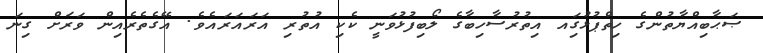
ޞަޙާބިއްޔާތުންގެ ހިތްޕުޅުގަިއ އިތުރުސާހިބާގެ ލޯބިފުޅުވަނީ ކެކި އުތުރި އަރައަރައެވެ. އޭގެތެރެއިން ވަރަށް ގިނަ